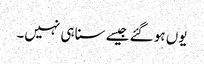
یوں ہو گئے جیسے سنا ہی نہیں۔